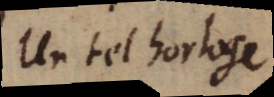
Un tel horloge